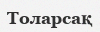
Толарсақ